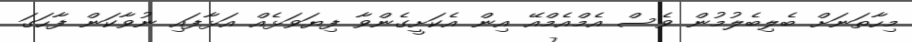
މިހާތަނަށް ބެލިބެލުމުން ވެސް އެމްއެމްއޭ އިން އެކަށީގެންވާ ފިޔަވަޅެއް އަޅާފައި ނުވާކަން ފާހަގަ